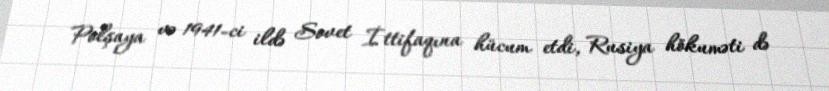
Polşaya və 1941-ci ildə Sovet İttifaqına hücum etdi, Rusiya hökuməti də